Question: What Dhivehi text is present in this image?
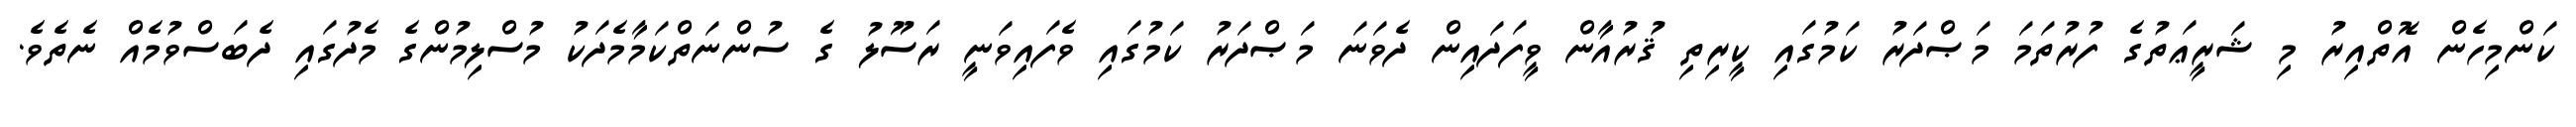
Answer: ކަންމިހެން އޮތްއިރު މި ޝަރީޢަތުގެ ފުރުތަމަ މަޞްދަރު ކަމުގައި ކީރިތި ޤުރުއާން ވީފަދައިން ދެވަނަ މަޞްދަރު ކަމުގައި ވެފައިވަނީ ރަސޫލު ގެ ސުންނަތްކަމާމެދަކު މުސްލިމުންގެ މެދުގައި ދެބަސްވުމެއް ނެތެވެ.